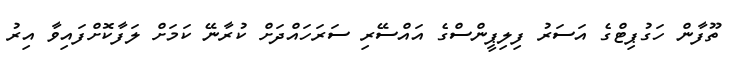
ތޫފާން ހަގުޕިޓްގެ އަސަރު ފިލިޕީންސްގެ އައްސޭރި ސަރަހައްދަށް ކުރާނޭ ކަމަށް ލަފާކޮށްފައިވާ އިރު